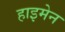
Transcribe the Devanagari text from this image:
हाइमेन